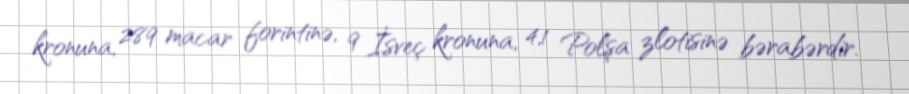
kronuna, 289 macar forintinə, 9 İsveç kronuna, 4,1 Polşa zlotisinə bərabərdir.